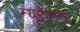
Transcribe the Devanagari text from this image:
न्यूरॉनना